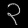
Digit: ၃